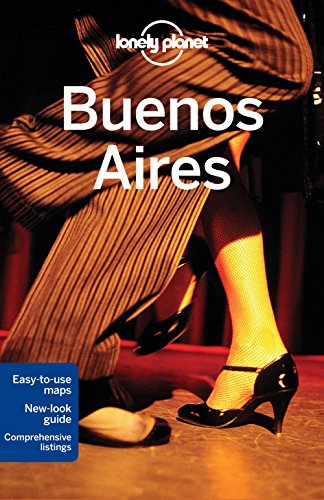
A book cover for Lonely Planet Buenos Aires (Travel Guide); Lonely Planet; Travel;